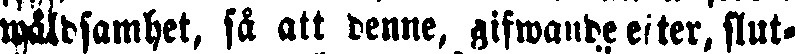
wåldsamhet, så att denne, gifwande efter, slut-